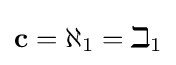
\mathbf {c} =\aleph _{1}=\beth _{1}